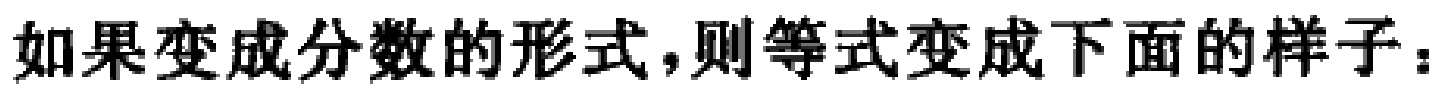
如果变成分数的形式，则等式变成下面的样子：